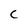
Character: C